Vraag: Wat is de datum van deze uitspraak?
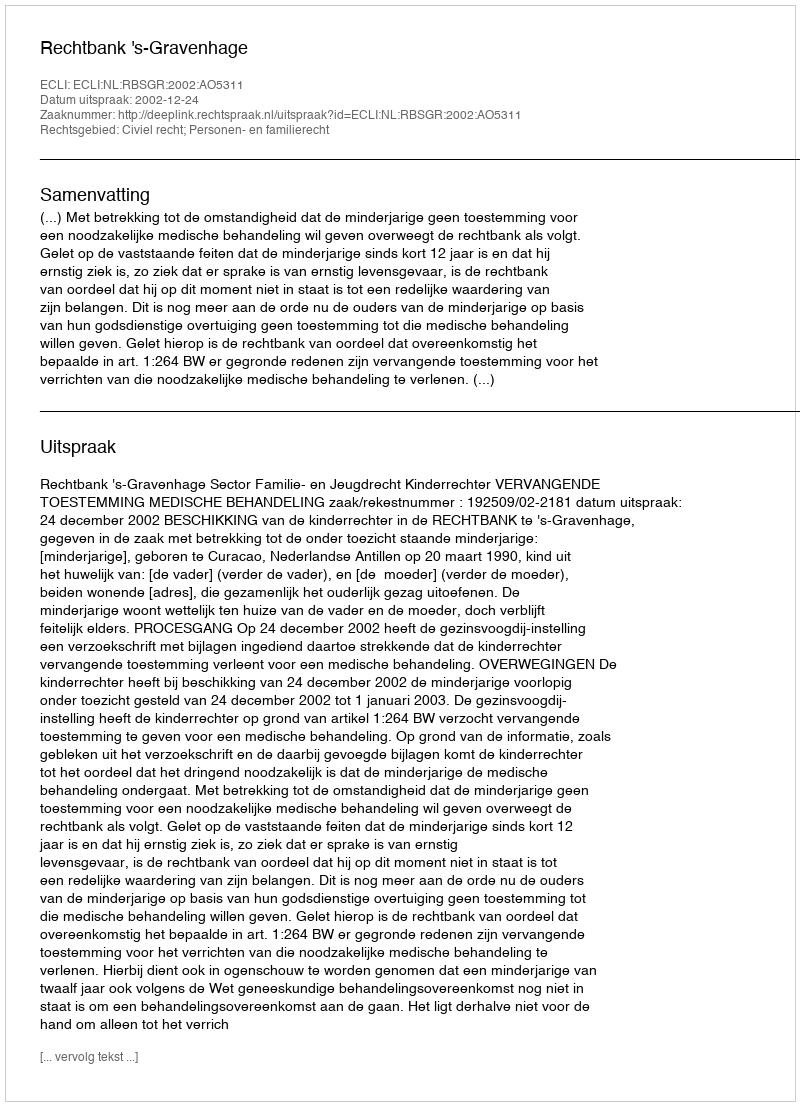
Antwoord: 2002-12-24